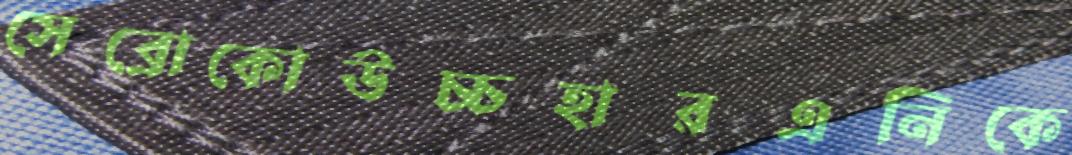
সেব্রোকোউচ্চহারএনিকে